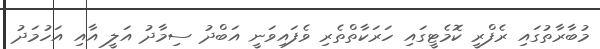
މުބާރާތުގައި ރެފްރީ ކޮމެޓީގައި ހަރަކާތްތެރި ވެފައިވަނީ އަބްދު ސިމާދު އަލީ އާއި އަހުމަދު